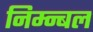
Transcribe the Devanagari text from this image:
निम्न्बल